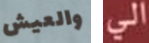
والعيش الى